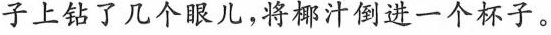
子上钻了几个眼儿，将椰汁倒进一个杯子。